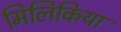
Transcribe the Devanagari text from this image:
मिलिकिया